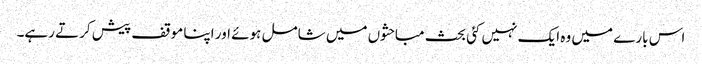
اس بارے میں وہ ایک نہیں کئی بحث مباحثوں میں شامل ہوئے اور اپنا موقف پیش کرتے رہے۔